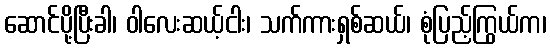
ဆောင်ပို့ပြီးခါ၊ ဝါလေးဆယ့်ငါး၊ သက်ကားရှစ်ဆယ်၊ စုံပြည့်ကြွယ်က၊